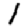
Digit: 1